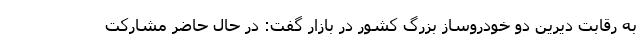
به رقابت ديرين دو خودروساز بزرگ كشور در بازار گفت: در حال حاضر مشاركت